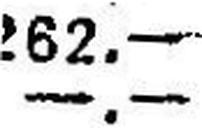
—.—